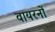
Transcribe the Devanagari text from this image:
वायरनों